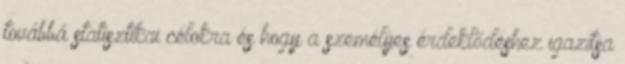
továbbá statisztikai célokra és hogy a személyes érdeklődéshez igazítsa